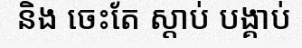
និង ចេះតែ ស្តាប់ បង្គាប់